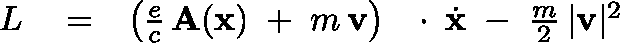
\begin{array} { r l r } { L } & { { } = } & { \left( \frac { e } { c } \, { \bf A } ( { \bf x } ) \; + \; m \, { \bf v } \right) \, \mathrm { ~ \boldmath ~ \cdot ~ } \, \dot { \bf x } \; - \; \frac { m } { 2 } \, | { \bf v } | ^ { 2 } } \end{array}